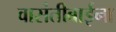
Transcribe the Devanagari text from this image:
वासंतीबाईंना